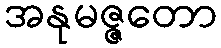
အနုမဇ္ဇတော